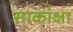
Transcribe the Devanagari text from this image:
साकांक्षा